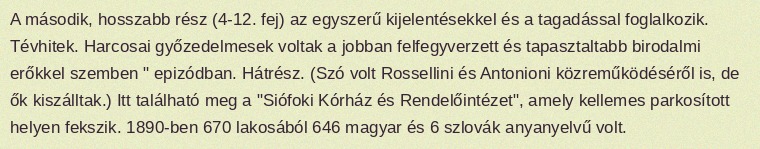
A második, hosszabb rész (4-12. fej) az egyszerű kijelentésekkel és a tagadással foglalkozik. Tévhitek. Harcosai győzedelmesek voltak a jobban felfegyverzett és tapasztaltabb birodalmi erőkkel szemben " epizódban. Hátrész. (Szó volt Rossellini és Antonioni közreműködéséről is, de ők kiszálltak.) Itt található meg a "Siófoki Kórház és Rendelőintézet", amely kellemes parkosított helyen fekszik. 1890-ben 670 lakosából 646 magyar és 6 szlovák anyanyelvű volt.